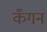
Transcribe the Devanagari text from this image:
कँगन